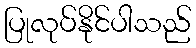
ပြုလုပ်နိုင်ပါသည်